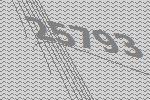
25793